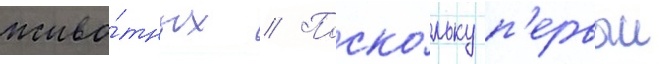
живо́тных // Поско́льку п'ервыи